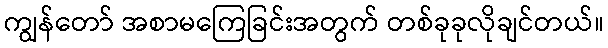
ကျွန်တော် အစာမကြေခြင်းအတွက် တစ်ခုခုလိုချင်တယ်။